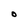
Character: O